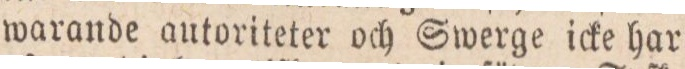
warande autoriteter och Swerge icke har